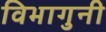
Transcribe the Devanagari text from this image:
विभागुनी